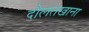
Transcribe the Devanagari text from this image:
दौलतखाना